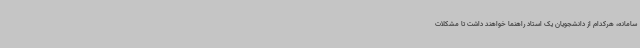
سامانه، هرکدام از دانشجویان یک استاد راهنما خواهند داشت تا مشکلات